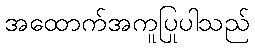
အထောက်အကူပြုပါသည်